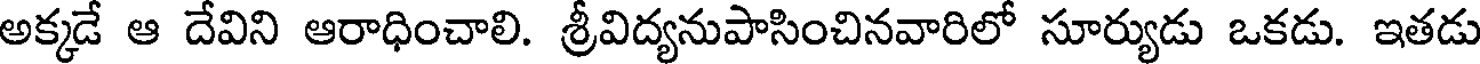
అక్కడే ఆ దేవిని ఆరాధించాలి. శ్రీవిద్యనుపాసించినవారిలో సూర్యుడు ఒకడు. ఇతడు